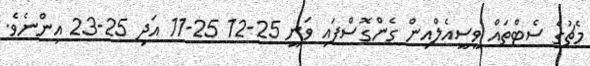
މެޗުގެ ސެޓްތައް ވީސީއެލްއިން ގެންގޮސްފައި ވަނީ 25-12 25-11 އަދި 25-23 އިންނެވެ.